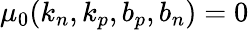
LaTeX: \mu_{0}(k_{n},k_{p},b_{p},b_{n})=0